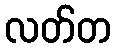
လတ်တ